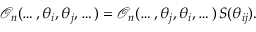
\mathcal { O } _ { n } ( \dots , \theta _ { i } , \theta _ { j } , \dots ) = \mathcal { O } _ { n } ( \dots , \theta _ { j } , \theta _ { i } , \dots ) \, S ( \theta _ { i j } ) .